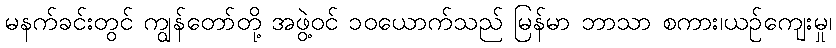
မနက်ခင်းတွင် ကျွန်တော်တို့ အဖွဲ့ဝင် ၁၀ယောက်သည် မြန်မာ ဘာသာ စကား၊ယဉ်ကျေးမှု၊